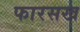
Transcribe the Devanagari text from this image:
फारसख